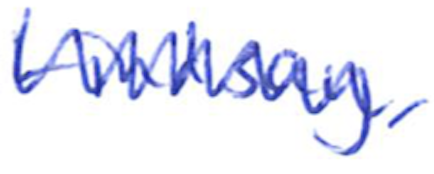
Text: Lindsay,
Cross-out: zig-zag
Writing tool: ballpoint